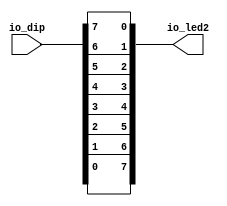
module reverse_16 (
    input [23:0] io_dip,
    output reg [7:0] io_led2
  );
  
  
  
  always @* begin
    io_led2[0+0-:1] = io_dip[0+7+0-:1];
    io_led2[1+0-:1] = io_dip[0+6+0-:1];
    io_led2[2+0-:1] = io_dip[0+5+0-:1];
    io_led2[3+0-:1] = io_dip[0+4+0-:1];
    io_led2[4+0-:1] = io_dip[0+3+0-:1];
    io_led2[5+0-:1] = io_dip[0+2+0-:1];
    io_led2[6+0-:1] = io_dip[0+1+0-:1];
    io_led2[7+0-:1] = io_dip[0+0+0-:1];
  end
endmodule